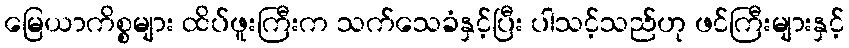
မြေယာကိစ္စများ ထိပ်ဖူးကြီးက သက်သေခံနှင့်ပြီး ပါသင့်သည်ဟု ဖင်ကြီးများနှင့်